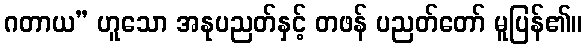
ဂတာယ” ဟူသော အနုပညတ်နှင့် တဖန် ပညတ်တော် မူပြန်၏။